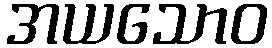
အယသောဝ